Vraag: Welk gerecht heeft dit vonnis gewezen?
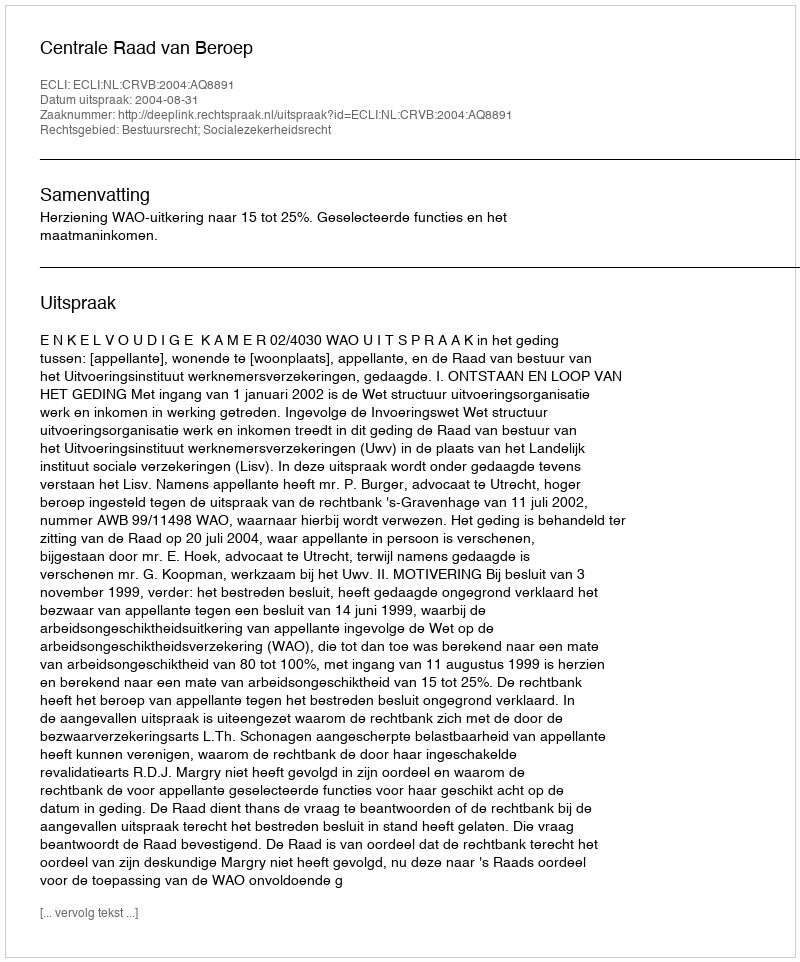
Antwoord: Centrale Raad van Beroep